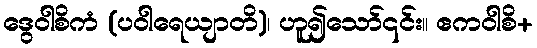
ဒွေဝါစိကံ (ပဝါရေယျာတိ)၊ ဟူ၍သော်၎င်း။ ဧကဝါစိ+